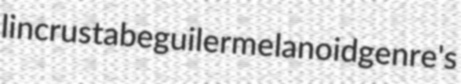
lincrusta beguiler melanoid genre's